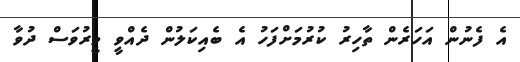
އެ ފެނުން އަހަރެން ތާހިރު ކުރުމަށްފަހު އެ ބެއިކަލުން ދެއްވީ މީރުވަސް ދުވާ